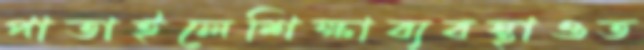
পাতাইলেশিক্ষাব্যবস্থাওত